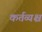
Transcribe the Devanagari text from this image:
कर्तव्यश्च